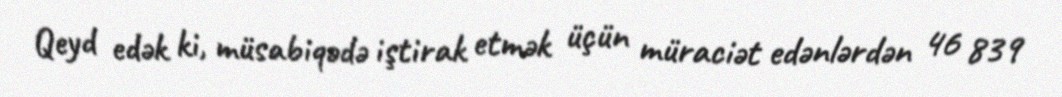
Qeyd edək ki, müsabiqədə iştirak etmək üçün müraciət edənlərdən 46 839